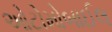
ઓટોમોબાઈલ